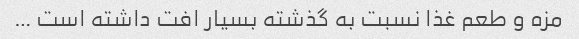
مزه و طعم غذا نسبت به گذشته بسیار افت داشته است …